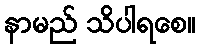
နာမည် သိပါရစေ။